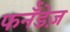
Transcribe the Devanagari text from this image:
फर्नॅंडेज़